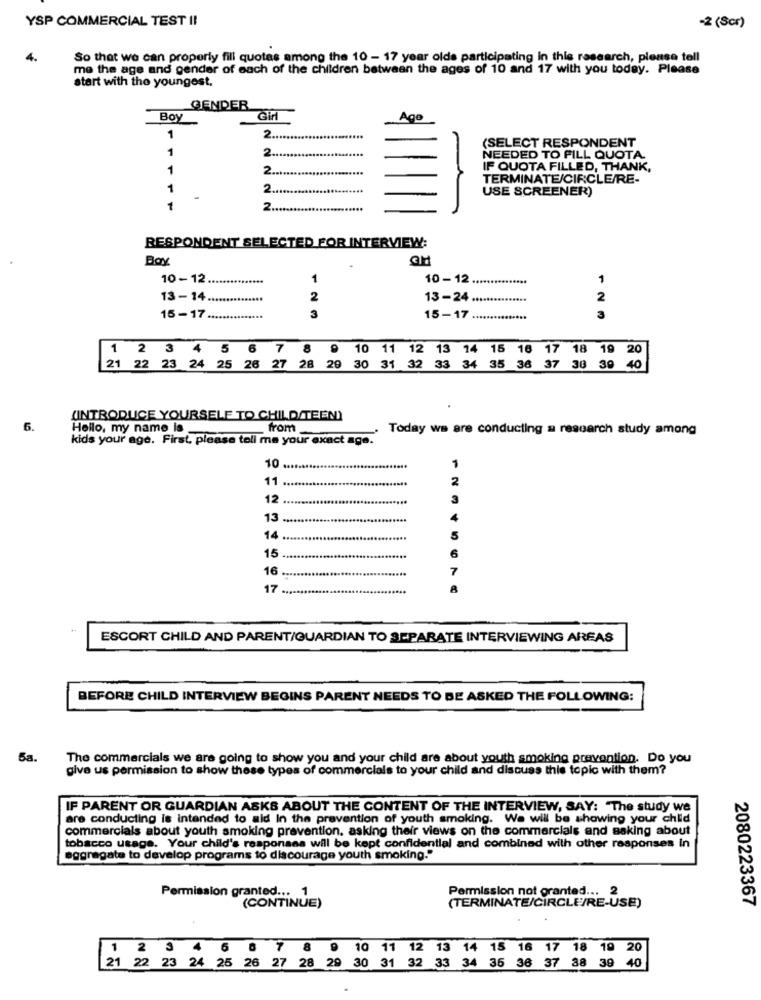
YSP COMMERCIAL TEST I!
-2 (Scr)
4.
So that we can properly fill quotas among the 10 - 17 year olds participating in this research, please tell
me the age and gender of each of the children between the ages of 10 and 17 with you today. Please
start with the youngest,
GENDER
Boy
Gin
Ago
2.
1
(SELECT RESPONDENT
1
2
NEEDED TO PILL QUOTA.
1
2.
IF QUOTA FILLED, THANK,
TERMINATE/CIRCLE/RE-
1
2 ..
USE SCREENER)
-
1
RESPONDENT SELECTED FOR INTERVIEW:
Boy
10-12
1
10- 12
......
1
13-14 ...
2
13-24
2
3
15-17
3
15-17
1 2 3 4 5 6 7 8 9
10 11 12 13 14 15 16 17 18 19
20
21 22 23 24 25 26 27 28 29 30 31 32
33 34 35 36 37 30 39 40
(INTRODUCE YOURSELF TO CHILD/TEEN)
6.
Hello, my name is_
from
Today we are conducting a research study among
kids your age. First, please tell me your exact age.
10
10 ....
.....
11 .....
11
2
12
12 .....
13 .....
13
14 .....
14
15
15 .....
16 .....
16
7
17 .....
17
8
ESCORT CHILD AND PARENT/GUARDIAN TO SEPARATE INTERVIEWING AREAS
BEFORE CHILD INTERVIEW BEGINS PARENT NEEDS TO BE ASKED THE FOLLOWING:
5a.
The commercials we are going to show you and your child are about youth smoking prevention. Do you
give us permission to show these types of commercials to your child and discuss this topic with them?
IF PARENT OR GUARDIAN ASKS ABOUT THE CONTENT OF THE INTERVIEW, SAY: "The study we
are conducting is intended to aid In the prevention of youth smoking. We will be showing your child
commercials about youth smoking pravention, asking their views on the commercials and Baking about
tobacco usage. Your child's responses will be kept confidential and combined with other responses In
aggregate to develop programs to discourage youth smoking."
Permission not granted ... 2
Permission granted ... 1
2080223367
(CONTINUE)
(TERMINATE/CIRCLE/RE-USE)
1 2 3 4 6 6 7 8 9 10 11 12 13 14 15 16 17 18 19 20
21 22 23 24 25 26 27 28 29 30 31 32 33 34 36 36 37 38 39 40